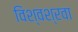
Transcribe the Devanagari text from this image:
विश्वश्रवा